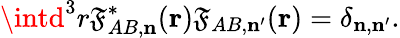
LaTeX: \intd^{3}r\mathfrak{F}_{AB,{\mathbf{n}}}^{\ast}({\mathbf{r}})\mathfrak{F}_{AB,{\mathbf{n}}^{\prime}}({\mathbf{r}})=\delta_{{\mathbf{n}},{\mathbf{n}}^{\prime}}.